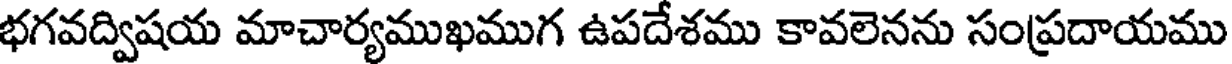
భగవద్విషయ మాచార్యముఖముగ ఉపదేశము కావలెనను సంప్రదాయము